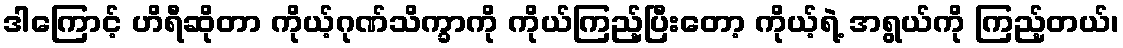
ဒါကြောင့် ဟိရီဆိုတာ ကိုယ့်ဂုဏ်သိက္ခာကို ကိုယ်ကြည့်ပြီးတော့ ကိုယ့်ရဲ့ အရွယ်ကို ကြည့်တယ်၊